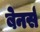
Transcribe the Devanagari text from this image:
बेनर्स